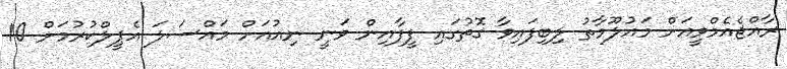
ރާއްޖެއެމްވީއަށް މައުލޫމާތު ލިބިފައިވާ ގޮތުގައި ފީފާއިން ވަނީ ނިއުއަށް މައްސަލަ އެޕީލްކުރުމަށް 10